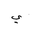
Letter: _ya